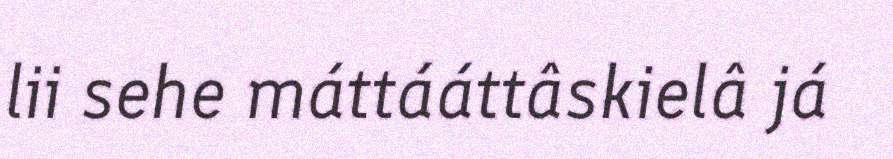
lii sehe máttááttâskielâ já